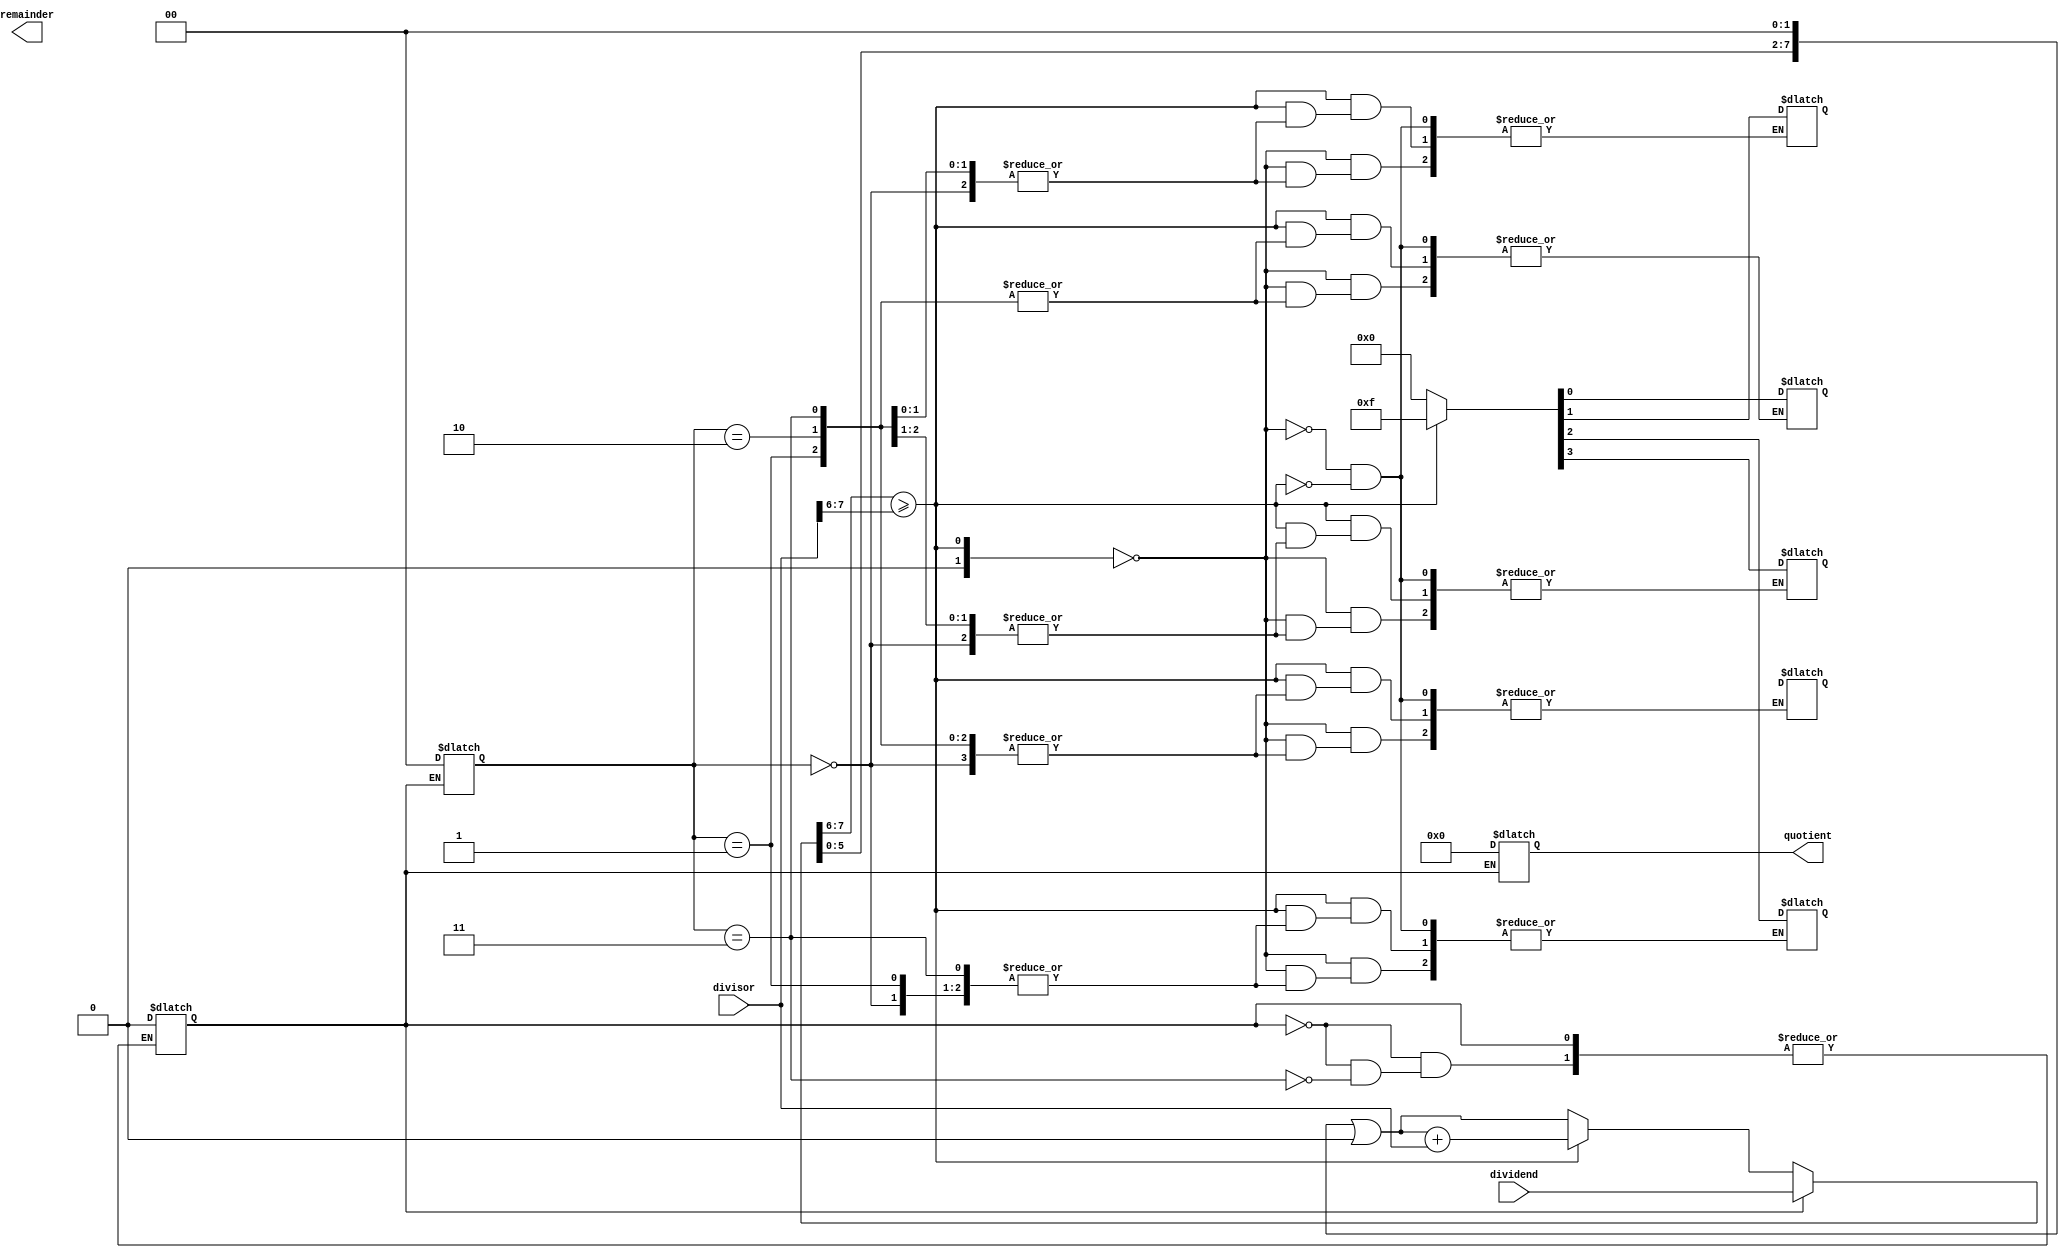
module non_restoring_divider (
    input wire [7:0] dividend,
    input wire [7:0] divisor,
    output reg [7:0] quotient,
    output reg [7:0] remainder
);

reg [7:0] partial_remainder;
reg [1:0] block_counter;
reg start_division;
wire subtractor_output;
wire done_division;

// Control unit
always @* begin
    if (start_division) begin
        partial_remainder = dividend;
        block_counter = 0;
        quotient = 8'b0;
    end else begin
        if (subtractor_output) begin
            partial_remainder = partial_remainder << 2 | 2'b00; // Shift left by 2
            partial_remainder = partial_remainder + divisor; // Add divisor back
        end else begin
            // Determine next operation based on sign of partial remainder
            partial_remainder = partial_remainder << 2 | 2'b00; // Shift left by 2
        end

        if (block_counter == 3) begin
            start_division = 0;
            done_division = 1;
        end
    end
end

// Subtractor unit
assign subtractor_output = partial_remainder[7:6] >= divisor[7:6]; // Compare first 2 bits

// Selection logic
always @* begin
    case (partial_remainder[7:6] >= divisor[7:6])
        2'b0: quotient[block_counter] = 1'b0;
        2'b1: quotient[block_counter] = 1'b1;
    endcase
end

endmodule